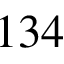
1 3 4